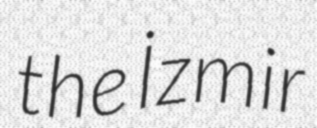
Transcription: the İzmir